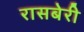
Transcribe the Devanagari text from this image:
रासबेरी